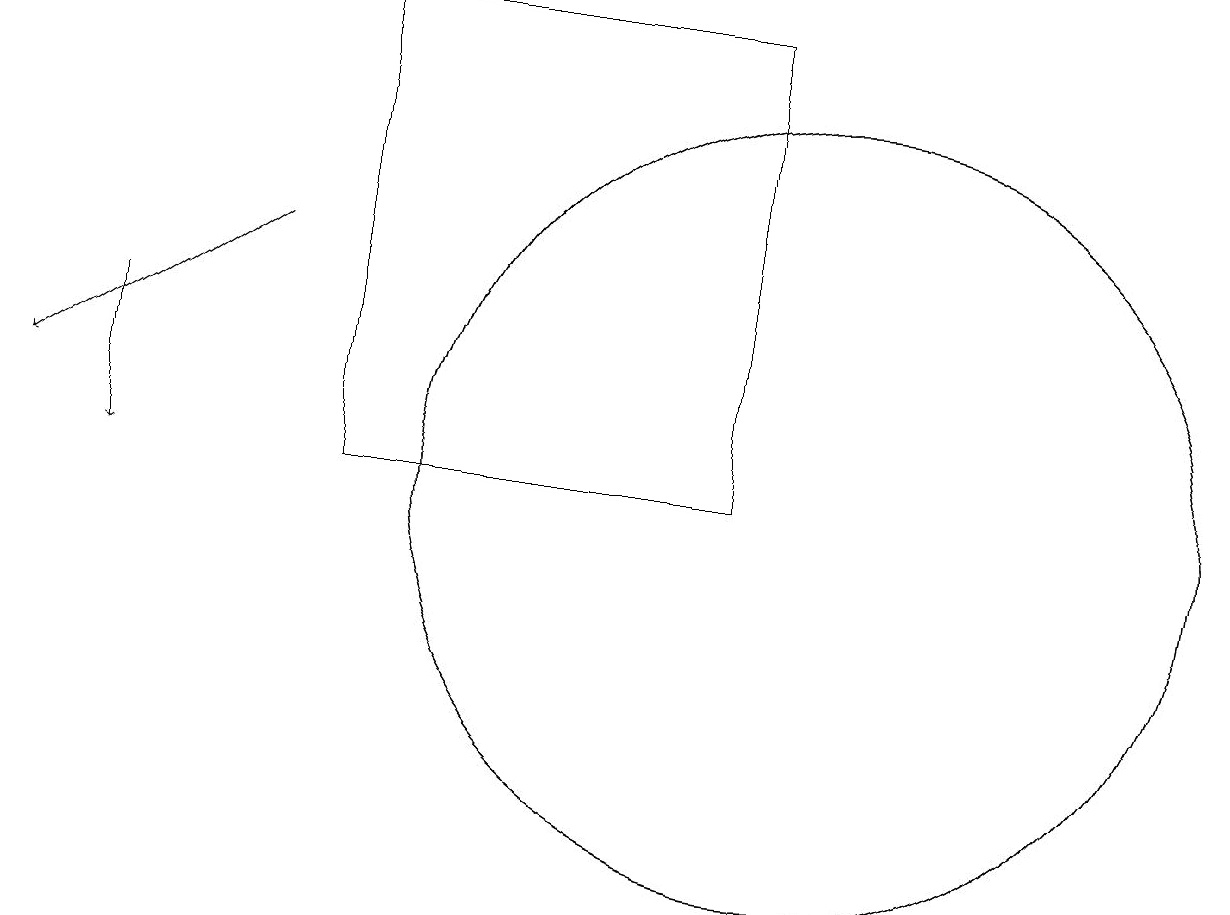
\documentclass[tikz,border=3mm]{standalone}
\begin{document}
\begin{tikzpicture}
\draw (10,11) circle (5);
\draw[->] (1,13) -- (1,11);
\draw (10,11) circle (5);
\draw[->] (3,14) -- (0,12);
\draw (9,17) rectangle (4,11);
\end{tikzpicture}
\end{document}